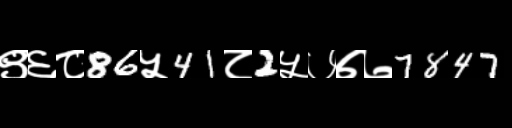
Text: ९६८86५41८2५७७७7847